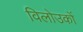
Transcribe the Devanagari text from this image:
विलोउकों